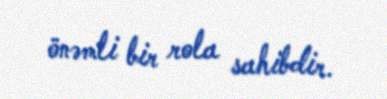
önəmli bir rola sahibdir.